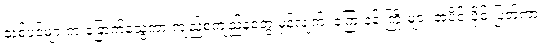
သစ်ပင်များက ခြောက်သွေ့ကာ ကျည်စကျည်နတွေ မှန်လျက်၊ ကြေးနန်းကြိုးများ အပိုင်းပိုင်းပြတ်ကာ